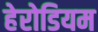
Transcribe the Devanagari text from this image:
हेरोडियम